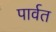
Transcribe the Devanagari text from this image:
पार्वत